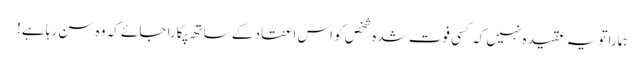
ہمارا تو یہ عقیدہ نہیں کہ کسی فوت شدہ شخص کو اس اعقاد کے ساتھ پکارا جائے کہ وہ سن رہا ہے!